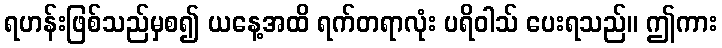
ရဟန်းဖြစ်သည်မှစ၍ ယနေ့အထိ ရက်တရာလုံး ပရိဝါသ် ပေးရသည်။ ဤကား